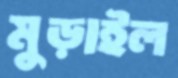
মুড়াইল